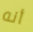
أنه